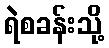
ရဲစခန်းသို့